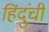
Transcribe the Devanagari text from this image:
हिंदुंची